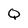
Character: Q